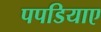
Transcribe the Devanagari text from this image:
पपडियाए